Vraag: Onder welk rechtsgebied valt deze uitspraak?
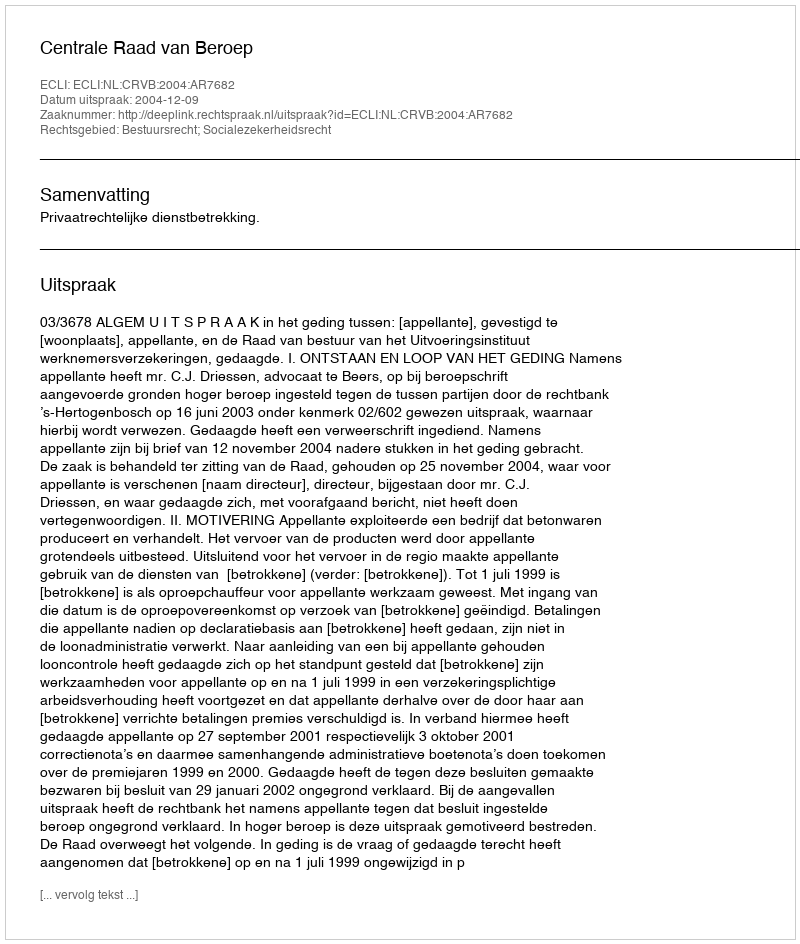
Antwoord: Bestuursrecht; Socialezekerheidsrecht